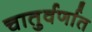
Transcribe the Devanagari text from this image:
चातुर्वर्णात